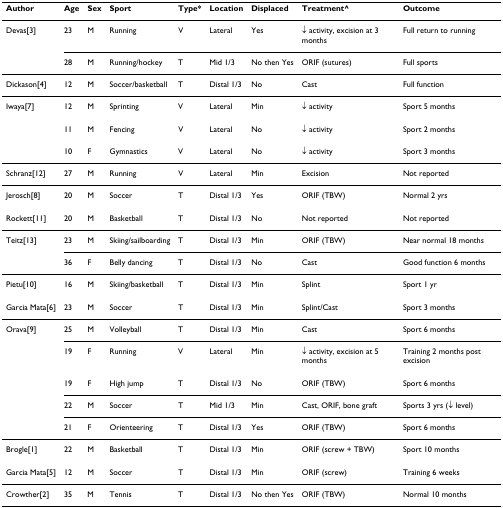
| Author | Age | Sex | Sport | Type* | Location | Displaced | Treatment^ | Outcome |
 | --- | --- | --- | --- | --- | --- | --- | --- | --- |
 | Devas[3] | 23 | M | Running | V | Lateral | Yes | ↓ activity, excision at 3 months | Full return to running |
 |  | 28 | M | Running/hockey | T | Mid 1/3 | No then Yes | ORIF (sutures) | Full sports |
 | Dickason[4] | 12 | M | Soccer/basketball | T | Distal 1/3 | No | Cast | Full function |
 | Iwaya[7] | 12 | M | Sprinting | V | Lateral | Min | ↓ activity | Sport 5 months |
 |  | 11 | M | Fencing | V | Lateral | No | ↓ activity | Sport 2 months |
 |  | 10 | F | Gymnastics | V | Lateral | No | ↓ activity | Sport 3 months |
 | Schranz[12] | 27 | M | Running | V | Lateral | Min | Excision | Not reported |
 | Jerosch[8] | 20 | M | Soccer | T | Distal 1/3 | Yes | ORIF (TBW) | Normal 2 yrs |
 | Rockett[11] | 20 | M | Basketball | T | Distal 1/3 | No | Not reported | Not reported |
 | Teitz[13] | 23 | M | Skiing/sailboarding | T | Distal 1/3 | Min | ORIF (TBW) | Near normal 18 months |
 |  | 36 | F | Belly dancing | T | Distal 1/3 | No | Cast | Good function 6 months |
 | Pietu[10] | 16 | M | Skiing/basketball | T | Distal 1/3 | Min | Splint | Sport 1 yr |
 | Garcia Mata[6] | 23 | M | Soccer | T | Distal 1/3 | Min | Splint/Cast | Sport 3 months |
 | Orava[9] | 25 | M | Volleyball | T | Distal 1/3 | Min | Cast | Sport 6 months |
 |  | 19 | F | Running | V | Lateral | Min | ↓ activity, excision at 5 months | Training 2 months post excision |
 |  | 19 | F | High jump | T | Distal 1/3 | No | ORIF (TBW) | Sport 6 months |
 |  | 22 | M | Soccer | T | Mid 1/3 | Min | Cast, ORIF, bone graft | Sports 3 yrs (↓ level) |
 |  | 21 | F | Orienteering | T | Distal 1/3 | Yes | ORIF (TBW) | Sport 6 months |
 | Brogle[1] | 22 | M | Basketball | T | Distal 1/3 | Min | ORIF (screw + TBW) | Sport 10 months |
 | Garcia Mata[5] | 12 | M | Soccer | T | Distal 1/3 | Min | ORIF (screw) | Training 6 weeks |
 | Crowther[2] | 35 | M | Tennis | T | Distal 1/3 | No then Yes | ORIF (TBW) | Normal 10 months |